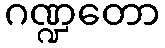
ဂဏ္ဍတော